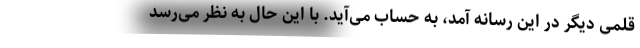
قلمی دیگر در این رسانه آمد، به حساب می‌آید. با این حال به نظر می‌رسد